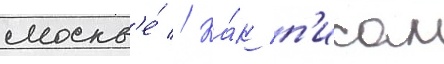
москв'е́ // Ка́к п'исал